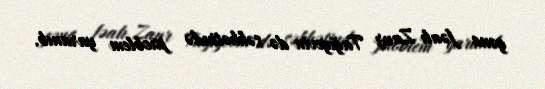
gənc fəalı Zaur Tağıyevin də səhhətində problem yaranıb.